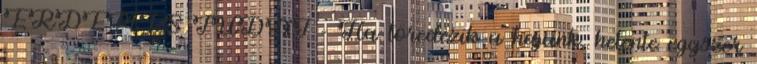
ÉRDEMES TUDNI - Ha töredezik a hajunk, hetente egyszer